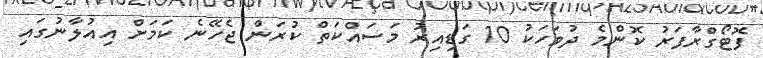
ފޮޓޯގްރާފަރު ކޮންމެ ދުވަހަކު 10 ގަޑިއިރު މަސައްކަތް ކުރަން ޖެހޭނެ ކަމަށް އިއުލާނުގައި